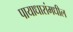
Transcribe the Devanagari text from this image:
पायाधारांमधील